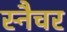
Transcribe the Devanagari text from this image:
स्नैचर